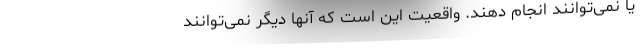
یا نمی‌توانند انجام دهند. واقعیت این است که آنها دیگر نمی‌توانند